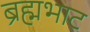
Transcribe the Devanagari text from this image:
ब्रह्मभाट